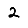
Digit: 2